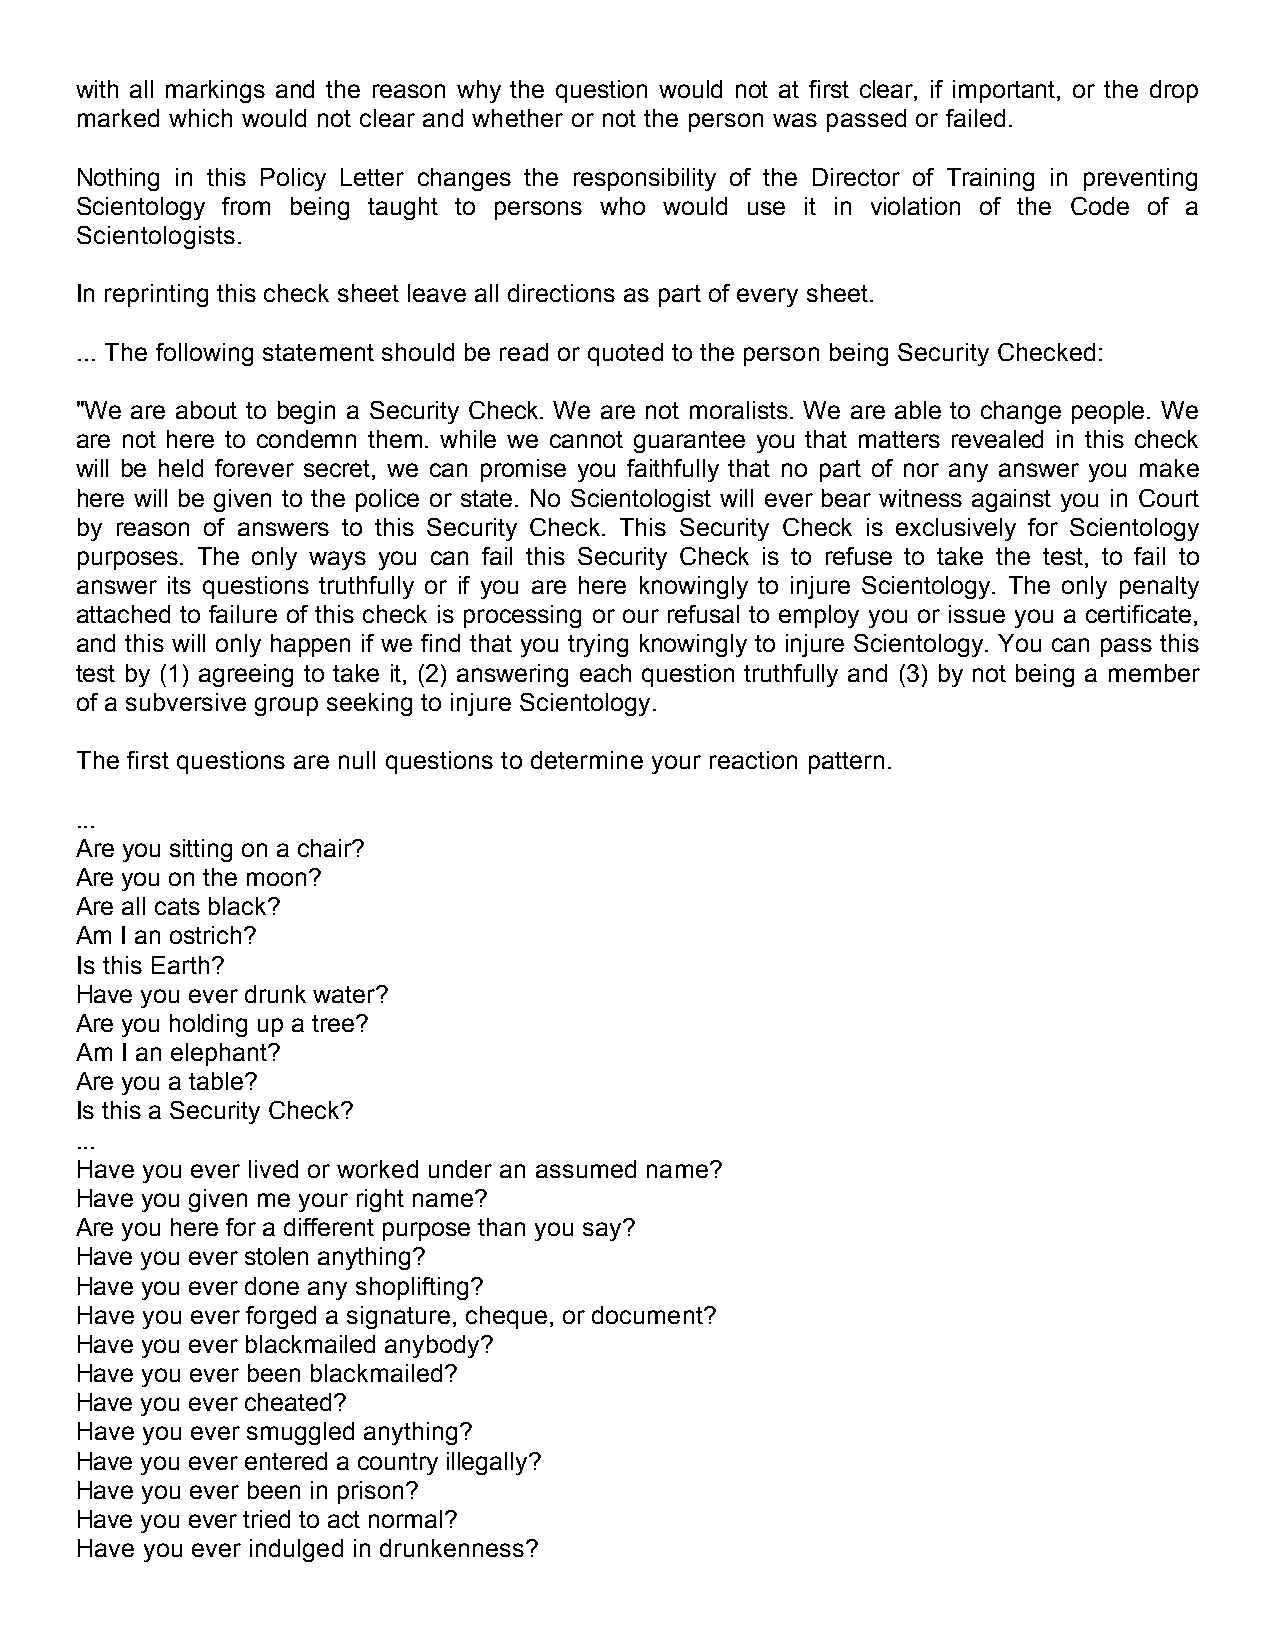
with all markings and the reason why the question would not at first clear, if important, or the drop
 marked which would not clear and whether or not the person was passed or failed.
 Nothing in this Policy Letter changes the responsibility of the Director of Training in preventing
 Scientology from being taught to persons who would use it in violation of the Code of a
 Scientologists.
 In reprinting this check sheet leave all directions as part of every sheet.
 ... The following statement should be read or quoted to the person being Security Checked:
 "We are about to begin a Security Check. We are not moralists. We are able to change people. We
 are not here to condemn them. while we cannot guarantee you that matters revealed in this check
 will be held forever secret, we can promise you faithfully that no part of nor any answer you make
 here will be given to the police or state. No Scientologist will ever bear witness against you in Court
 by reason of answers to this Security Check. This Security Check is exclusively for Scientology
 purposes. The only ways you can fail this Security Check is to refuse to take the test, to fail to
 answer its questions truthfully or if you are here knowingly to injure Scientology. The only penalty
 attached to failure of this check is processing or our refusal to employ you or issue you a certificate,
 and this will only happen if we find that you trying knowingly to injure Scientology. You can pass this
 test by (1) agreeing to take it, (2) answering each question truthfully and (3) by not being a member
 of a subversive group seeking to injure Scientology.
 The first questions are null questions to determine your reaction pattern.
 ...
 Are you sitting on a chair?
 Are you on the moon?
 Are all cats black?
 Am I an ostrich?
 Is this Earth?
 Have you ever drunk water?
 Are you holding up a tree?
 Am I an elephant?
 Are you a table?
 Is this a Security Check?
 ...
 Have you ever lived or worked under an assumed name?
 Have you given me your right name?
 Are you here for a different purpose than you say?
 Have you ever stolen anything?
 Have you ever done any shoplifting?
 Have you ever forged a signature, cheque, or document?
 Have you ever blackmailed anybody?
 Have you ever been blackmailed?
 Have you ever cheated?
 Have you ever smuggled anything?
 Have you ever entered a country illegally?
 Have you ever been in prison?
 Have you ever tried to act normal?
 Have you ever indulged in drunkenness?